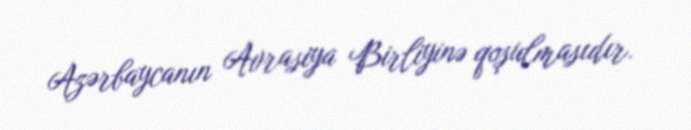
Azərbaycanın Avrasiya Birliyinə qoşulmasıdır.